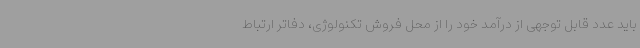
باید عدد قابل توجهی از درآمد خود را از محل فروش تکنولوژی، دفاتر ارتباط